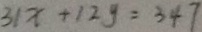
3 1 x + 1 2 y = 3 4 7